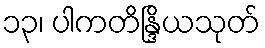
၁၃၊ ပါကတိန္ဒြိယသုတ်